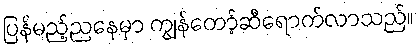
ပြန်မည့်ညနေမှာ ကျွန်တော့်ဆီရောက်လာသည်။